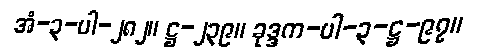
အံ-၃-ပါ-၂၈၂။ ဋ္ဌ-၂၃၉။ ခုဒ္ဒက-ပါ-၃-ဋ္ဌ-၉၇။